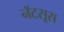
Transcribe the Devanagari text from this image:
नॅटसूस